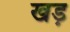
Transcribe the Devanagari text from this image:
खड़